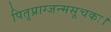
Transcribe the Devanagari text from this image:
पितृप्राग्जन्मसूचकः।